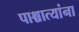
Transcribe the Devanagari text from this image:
पाश्चात्यांना